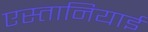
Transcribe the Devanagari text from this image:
एस्तानियाई